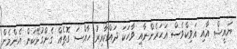
ޔައީޝް އާއި އަވިކްވެސް އަހަރެންނާއި ވާހަކަ ދައްކާއިރު ހާއްސަ ގޮތެއް ގެންގުޅޭކަން އެންމެން